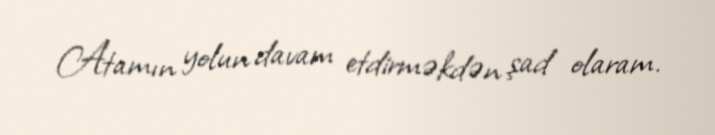
Atamın yolun davam etdirməkdən şad olaram.